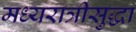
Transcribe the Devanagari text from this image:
मध्यरात्रीसुद्धा